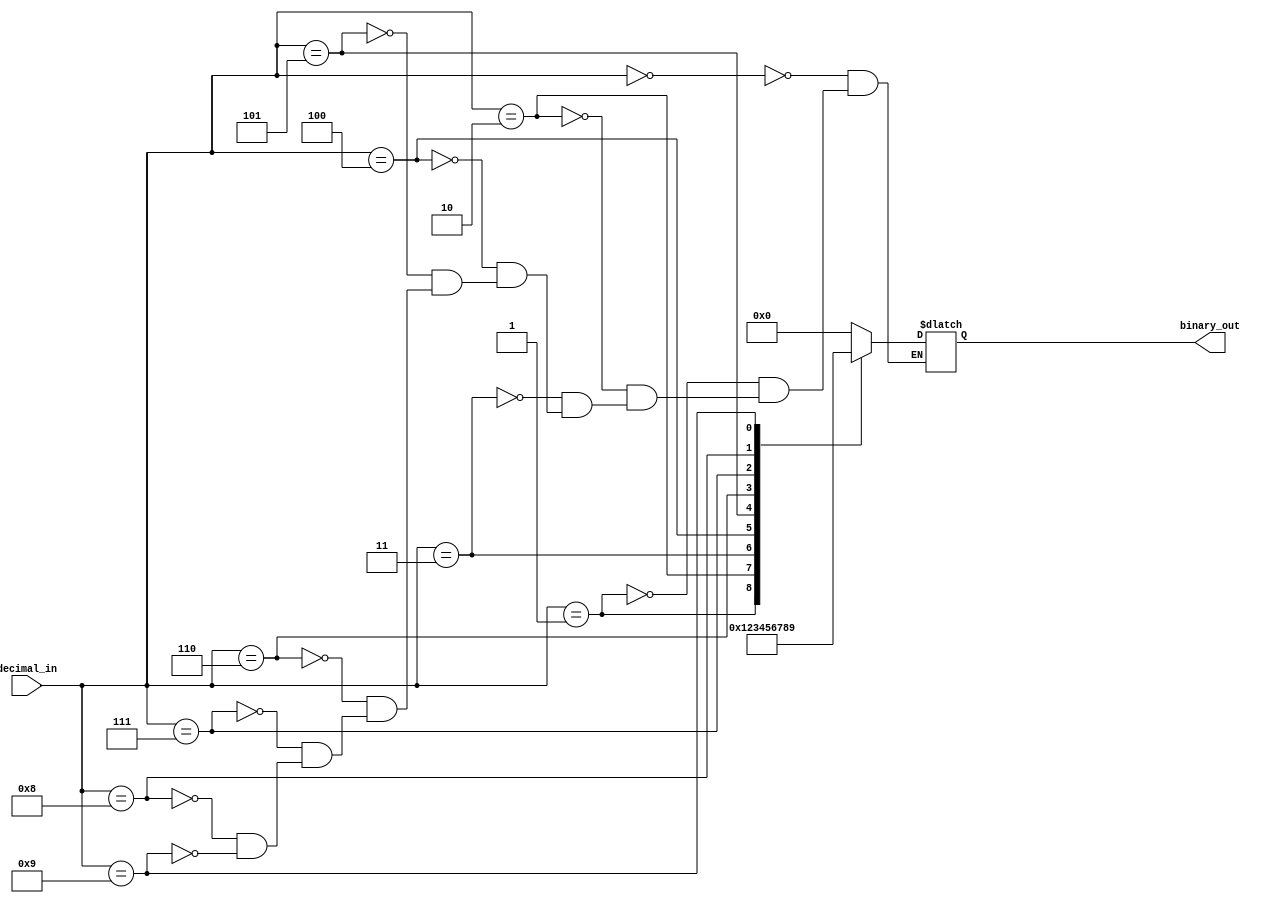
module decimal_priority_encoder (
    input [3:0] decimal_in,
    output reg [3:0] binary_out
);

always @(*) begin
    case (decimal_in)
        4'd0: binary_out = 4'b0000;
        4'd1: binary_out = 4'b0001;
        4'd2: binary_out = 4'b0010;
        4'd3: binary_out = 4'b0011;
        4'd4: binary_out = 4'b0100;
        4'd5: binary_out = 4'b0101;
        4'd6: binary_out = 4'b0110;
        4'd7: binary_out = 4'b0111;
        4'd8: binary_out = 4'b1000;
        4'd9: binary_out = 4'b1001;
    endcase
end

endmodule